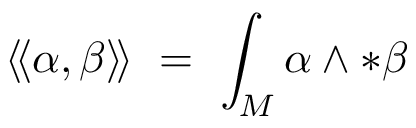
\langle \! \langle \alpha , \beta \rangle \! \rangle \ = \ \int _ { M } \alpha \wedge { * \beta }